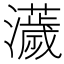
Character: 𤃴